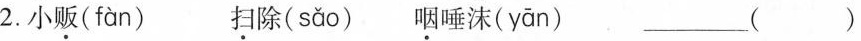
2.小贩( fàn ) 扫除( sǎo )咽唾沫( yān） ___()